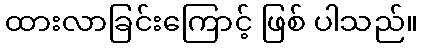
ထားလာခြင်းကြောင့် ဖြစ် ပါသည်။